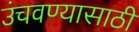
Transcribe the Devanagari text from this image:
उंचवण्यासाठी